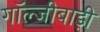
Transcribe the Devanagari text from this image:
गॉल्जीबाड़ी